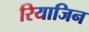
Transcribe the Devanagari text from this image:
रियाजिन